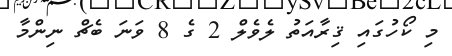
މި ކޯހުގައި ޤިރާއަތު ލެވެލް 2 ގެ 8 ވަނަ ބެޗް ނިންމާ